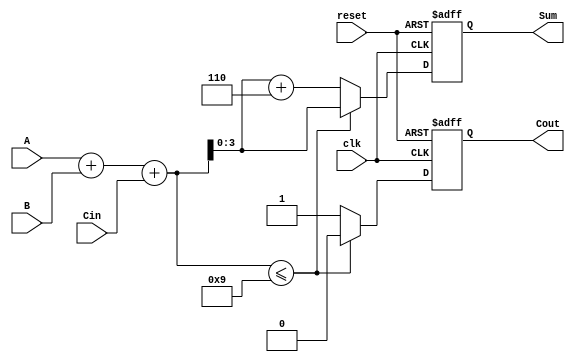
module BCD_Sequential_Adder (
    input wire [3:0] A,      // 4-bit BCD input A
    input wire [3:0] B,      // 4-bit BCD input B
    input wire Cin,          // 1-bit carry input
    input wire clk,          // Clock signal
    input wire reset,        // Reset signal
    output reg [3:0] Sum,    // 4-bit BCD sum output
    output reg Cout          // 1-bit carry output
);

    reg [4:0] Temp;          // 5-bit temporary variable for addition

    always @(posedge clk or posedge reset) begin
        if (reset) begin
            Sum <= 4'b0000;  // Reset Sum to 0
            Cout <= 1'b0;    // Reset Cout to 0
        end else begin
            // Step 1: Perform binary addition
            Temp = A + B + Cin;

            // Step 2: Check the value of Temp and adjust for BCD
            if (Temp <= 5'd9) begin
                Sum <= Temp[3:0]; // Lower 4 bits are the sum
                Cout <= 1'b0;      // No carry out
            end else begin
                Temp = Temp + 5'd6; // Adjust for BCD
                Sum <= Temp[3:0];   // Lower 4 bits are the sum
                Cout <= 1'b1;       // Carry out
            end
        end
    end

endmodule